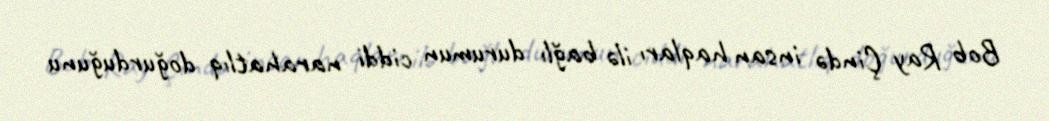
Bob Ray Çində insan haqları ilə bağlı durumun ciddi narahatlıq doğurduğunu